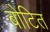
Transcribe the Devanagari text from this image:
बोटित